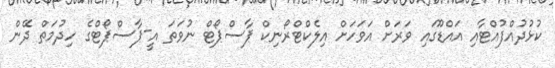
ކުޅުދުއްފުއްޓާއި އައްޑޫގައި ވަރަށް އަވަހަށް އިލެކްޓްރޯނިކް ޕާސްޕޯޓް ނުވަތަ އީ-ޕާސްޕޯޓްގެ ހިދުމަތް ދޭން